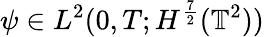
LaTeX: \psi\in L^{2}(0,T;H^{\frac{7}{2}}(\mathbb{T}^{2}))